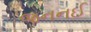
જનનઈ